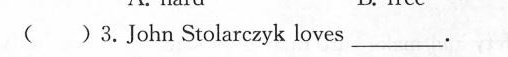
( )3.John Stolarczyk loves___